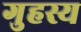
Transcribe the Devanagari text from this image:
गुहस्य